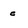
Character: e